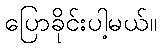
ပြောခိုင်းပါ့မယ်။